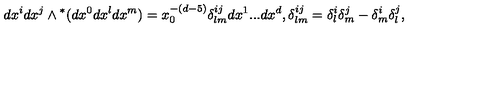
d x ^ { i } d x ^ { j } \wedge { } ^ { * } ( d x ^ { 0 } d x ^ { l } d x ^ { m } ) = x _ { 0 } ^ { - ( d - 5 ) } \delta _ { l m } ^ { i j } d x ^ { 1 } . . . d x ^ { d } , \delta _ { l m } ^ { i j } = \delta _ { l } ^ { i } \delta _ { m } ^ { j } - \delta _ { m } ^ { i } \delta _ { l } ^ { j } ,